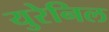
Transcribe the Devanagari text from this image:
युरेनिल